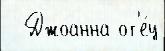
  Джоанна от'е́ц